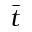
\bar { t }